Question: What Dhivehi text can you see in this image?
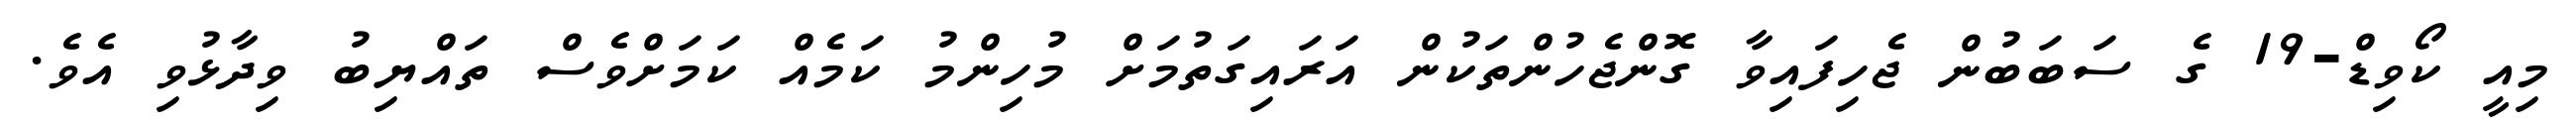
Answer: މިއީ ކޯވިޑް-19 ގެ ސަބަބުން ޖެހިފައިވާ ގޮންޖެހުންތަކުން އަރައިގަތުމަށް މުހިންމު ކަމެއް ކަމަށްވެސް ތައްޔިބު ވިދާޅުވި އެވެ.